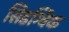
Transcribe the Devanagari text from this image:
सिडग्विक